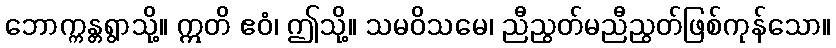
ဘောက္ကန္တရွာသို့။ ဣတိ ဧဝံ၊ ဤသို့။ သမဝိသမေ၊ ညီညွတ်မညီညွတ်ဖြစ်ကုန်သော။